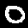
Label: 0